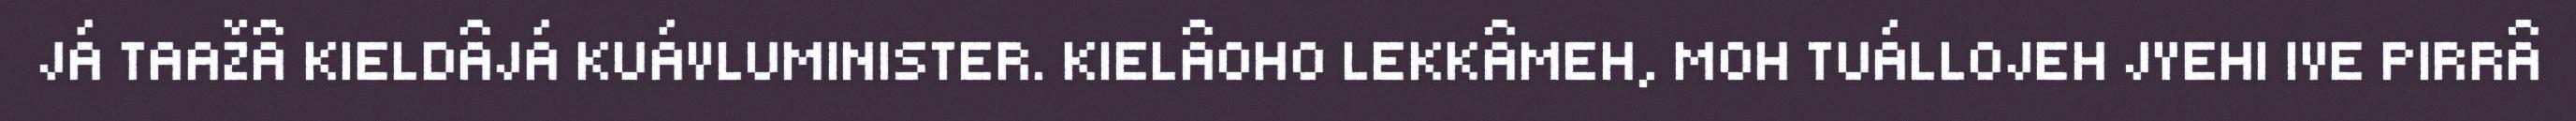
JÁ TAAŽÂ KIELDÂJÁ KUÁVLUMINISTER. KIELÂOHO LEKKÂMEH, MOH TUÁLLOJEH JYEHI IVE PIRRÂ